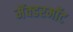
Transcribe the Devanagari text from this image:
मॅक्डरमॉट